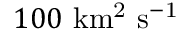
1 0 0 \ \mathrm { k m ^ { 2 } \ s ^ { - 1 } }